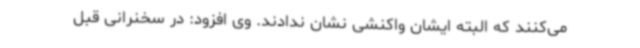
می‌کنند که البته ایشان واکنشی نشان ندادند. وی افزود: در سخنرانی قبل